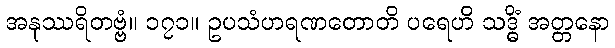
အနုဿရိတဗ္ဗံ။ ၁၇၁။ ဥပသံဟရဏတောတိ ပရေဟိ သဒ္ဓိံ အတ္တနော